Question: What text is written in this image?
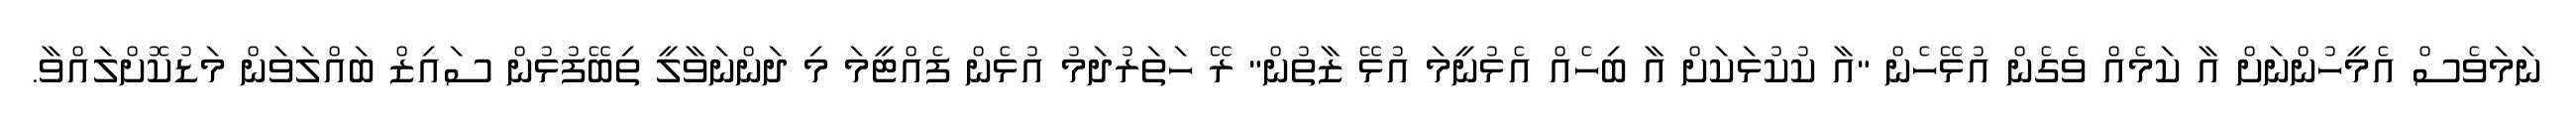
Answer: ނަމަވެސް އެމީހުންނަށް އާ ކަމެއް ވެގެން އުޅޭހެން "އާ ކުކުޅަކަށް އާ ބިހެއް އެޅުނީމަ އުޅޭ ޒާތުން" ރޭ ހަތަރުދަމު އުޅެން ފެއްޓީމަ މި ދަންނަވާލީ ތިބޭފުޅުން ސައިޒް ބައްލަވަން މަޑުކޮށްލައްވާ.